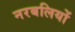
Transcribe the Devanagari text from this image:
नरबलियों